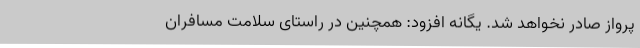
پرواز صادر نخواهد شد. یگانه افزود: همچنین در راستای سلامت مسافران